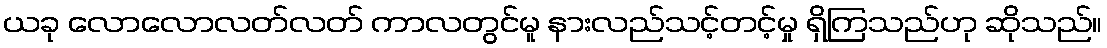
ယခု လောလောလတ်လတ် ကာလတွင်မူ နားလည်သင့်တင့်မှု ရှိကြသည်ဟု ဆိုသည်။